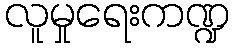
လူမှုရေးကဏ္ဍ